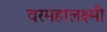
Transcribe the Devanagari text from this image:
वरमहालक्ष्मी